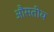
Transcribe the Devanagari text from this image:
औसतीय